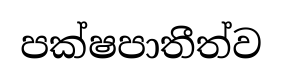
පක්ෂපාතීත්ව